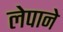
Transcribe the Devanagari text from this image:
लेपाने